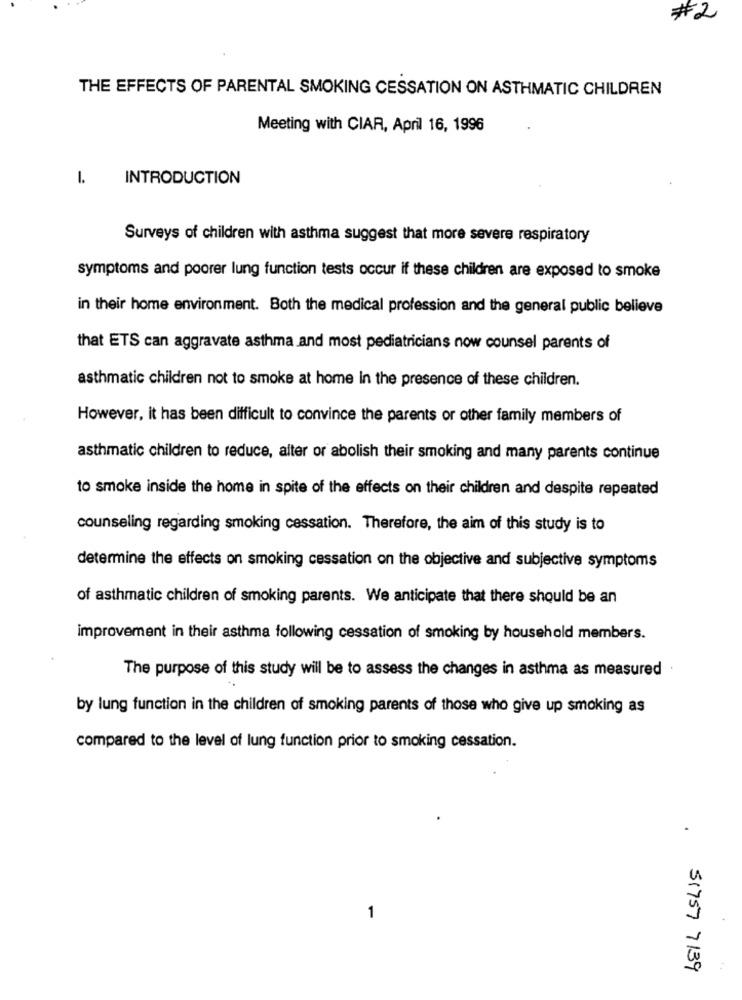
#2
THE EFFECTS OF PARENTAL SMOKING CESSATION ON ASTHMATIC CHILDREN
Meeting with CIAR, April 16, 1996
1.
INTRODUCTION
Surveys of children with asthma suggest that more severe respiratory
symptoms and poorer lung function tests occur if these children are exposed to smoke
in their home environment. Both the medical profession and the general public believe
that ETS can aggravate asthma and most pediatricians now counsel parents of
asthmatic children not to smoke at home In the presence of these children.
However, it has been difficult to convince the parents or other family members of
asthmatic children to reduce, alter or abolish their smoking and many parents continue
to smoke inside the home in spite of the effects on their children and despite repeated
counseling regarding smoking cessation. Therefore, the aim of this study is to
determine the effects on smoking cessation on the objective and subjective symptoms
of asthmatic children of smoking parents. We anticipate that there should be an
improvement in their asthma following cessation of smoking by household members.
The purpose of this study will be to assess the changes in asthma as measured
by lung function in the children of smoking parents of those who give up smoking as
compared to the level of lung function prior to smoking cessation.
.
1
51757 7139